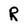
Character: R